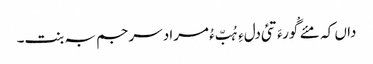
داں کہ مئے گْورءَ تئی دلءِ ہُبّ ءُ مراد سرجم بہ بنت۔